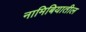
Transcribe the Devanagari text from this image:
नामिबियातील